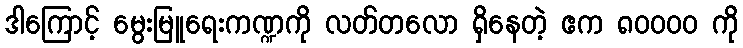
ဒါကြောင့် မွေးမြူရေးကဏ္ဍကို လတ်တလော ရှိနေတဲ့ ဧက ၈၀၀၀၀ ကို